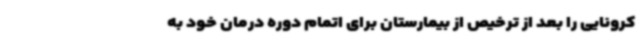
کرونایی را بعد از ترخیص از بیمارستان برای اتمام دوره درمان خود به